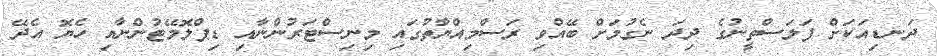
ދަނޑިއަކަށް ފަލަސްތީނުގެ ދިދަ ނެގުމަށް ބޭއްވި ރަސްމިއްޔާތުގައި މިނިސްޓަރުންނާއި ޑިޕްލޮމޭޓުންނާއި ހެޔޮ އެދޭ